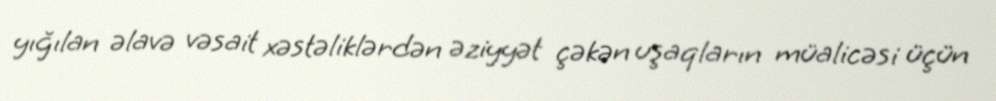
yığılan əlavə vəsait xəstəliklərdən əziyyət çəkən uşaqların müalicəsi üçün